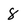
Character: 8